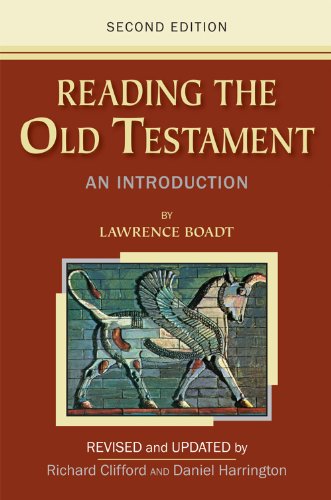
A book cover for Reading the Old Testament: An Introduction; Second Edition; Lawrence Boadt; Christian Books & Bibles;